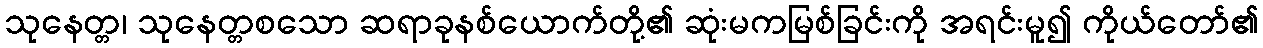
သုနေတ္တ၊ သုနေတ္တစသော ဆရာခုနစ်ယောက်တို့၏ ဆုံးမကမြစ်ခြင်းကို အရင်းမူ၍ ကိုယ်တော်၏